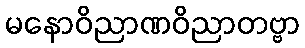
မနောဝိညာဏဝိညာတဗ္ဗာ